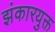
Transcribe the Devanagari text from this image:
झंकारयुक्त